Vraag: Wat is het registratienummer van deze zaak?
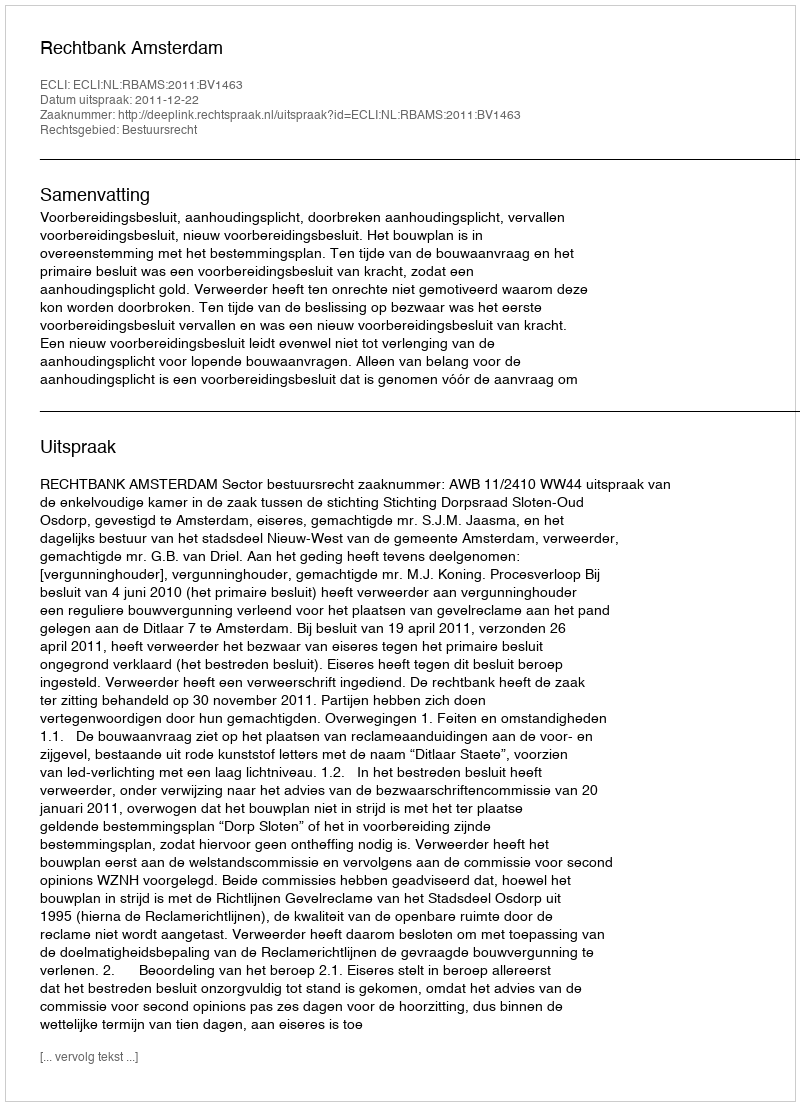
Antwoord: http://deeplink.rechtspraak.nl/uitspraak?id=ECLI:NL:RBAMS:2011:BV1463